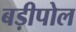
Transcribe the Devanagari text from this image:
बड़ीपोल